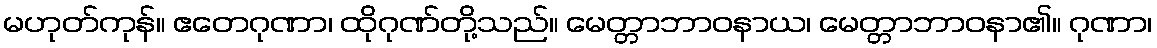
မဟုတ်ကုန်။ ဧတေဂုဏာ၊ ထိုဂုဏ်တို့သည်။ မေတ္တာဘာဝနာယ၊ မေတ္တာဘာဝနာ၏။ ဂုဏာ၊